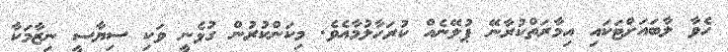
ހެވާ ލާބައަށްޓަކައި އިމާރަތްކުރާނޭ ޕުލޭނެއް ކުރަހާލުމާއެވެ. މިކަންކުރުން ގުޅެނީ ވަކި ސިޔާސީ ނިޒާމަކާ